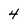
Character: 4